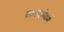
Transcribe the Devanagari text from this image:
रस्त्यांमार्गे